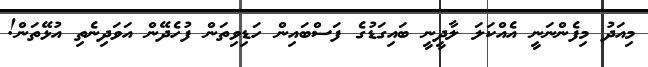
މިއަދު މިފެންނަނީ އެއްކަލަ ލާދީނީ ބައިގަޑުގެ ފަސްބައިން ހަޑިވިތަން ފުހެދޭން އަވަދިނެތި އުޅޭތަން!